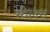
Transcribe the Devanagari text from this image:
ग्येलंच